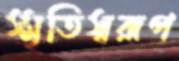
স্মৃতিস্বরূপ